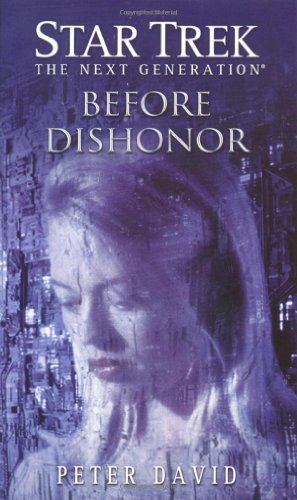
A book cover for Before Dishonor (Star Trek: The Next Generation); Peter David; Science Fiction & Fantasy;